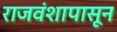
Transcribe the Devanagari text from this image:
राजवंशापासून